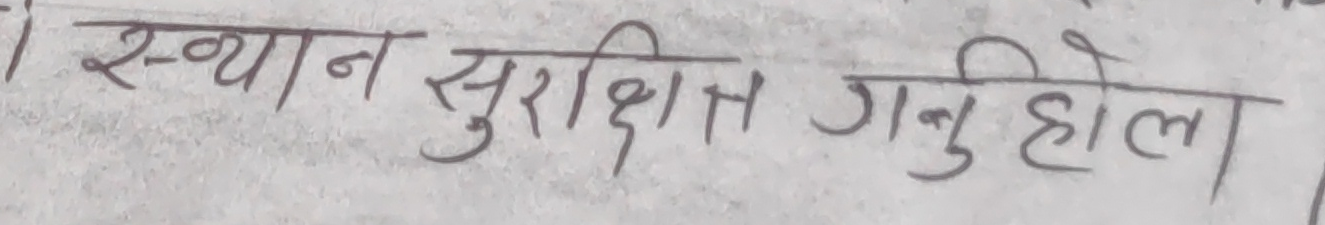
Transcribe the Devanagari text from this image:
स्थान सुरक्षित गनु होला